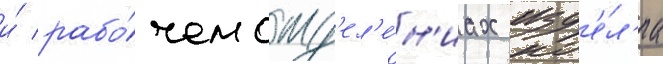
и́ рабо́чем отд'ел'е́н'иах изд'е́л'иа